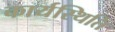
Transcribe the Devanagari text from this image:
कार्यस्थिति